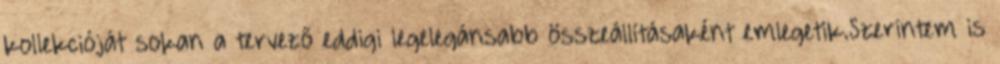
kollekcióját sokan a tervező eddigi legelegánsabb összeállításaként emlegetik.Szerintem is